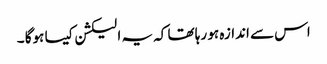
اس سے اندازہ ہو رہا تھا کہ یہ الیکشن کیسا ہوگا ۔